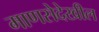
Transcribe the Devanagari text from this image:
माणसेदेखील